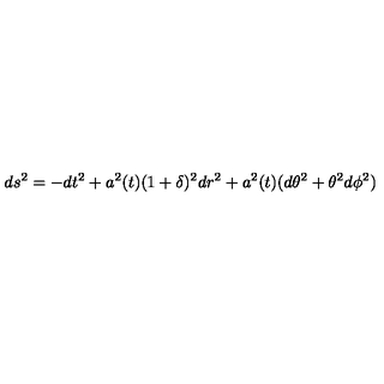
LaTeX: d s ^ { 2 } = - d t ^ { 2 } + a ^ { 2 } ( t ) ( 1 + \delta ) ^ { 2 } d r ^ { 2 } + a ^ { 2 } ( t ) ( d \theta ^ { 2 } + \theta ^ { 2 } d \phi ^ { 2 } )